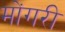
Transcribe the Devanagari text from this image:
मोंगरी